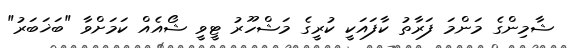
ޝާމިންގެ މަންމަ ފަރާތު ކާފައަކީ ކުރީގެ މަޝްހޫރު ޓީވީ ޝޯއެއް ކަމަށްވާ "ބަޚަބަރު"